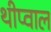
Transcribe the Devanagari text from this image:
थीप्वाल